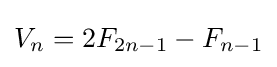
V_{n}=2F_{2n-1}-F_{n-1}